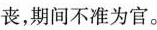
丧，期间不准为官。